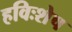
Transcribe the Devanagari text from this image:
हविःशेष